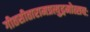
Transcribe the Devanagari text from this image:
गीतसीतारामप्रत्युद्गमोत्सवः